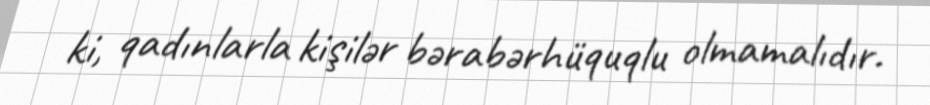
ki, qadınlarla kişilər bərabərhüquqlu olmamalıdır.